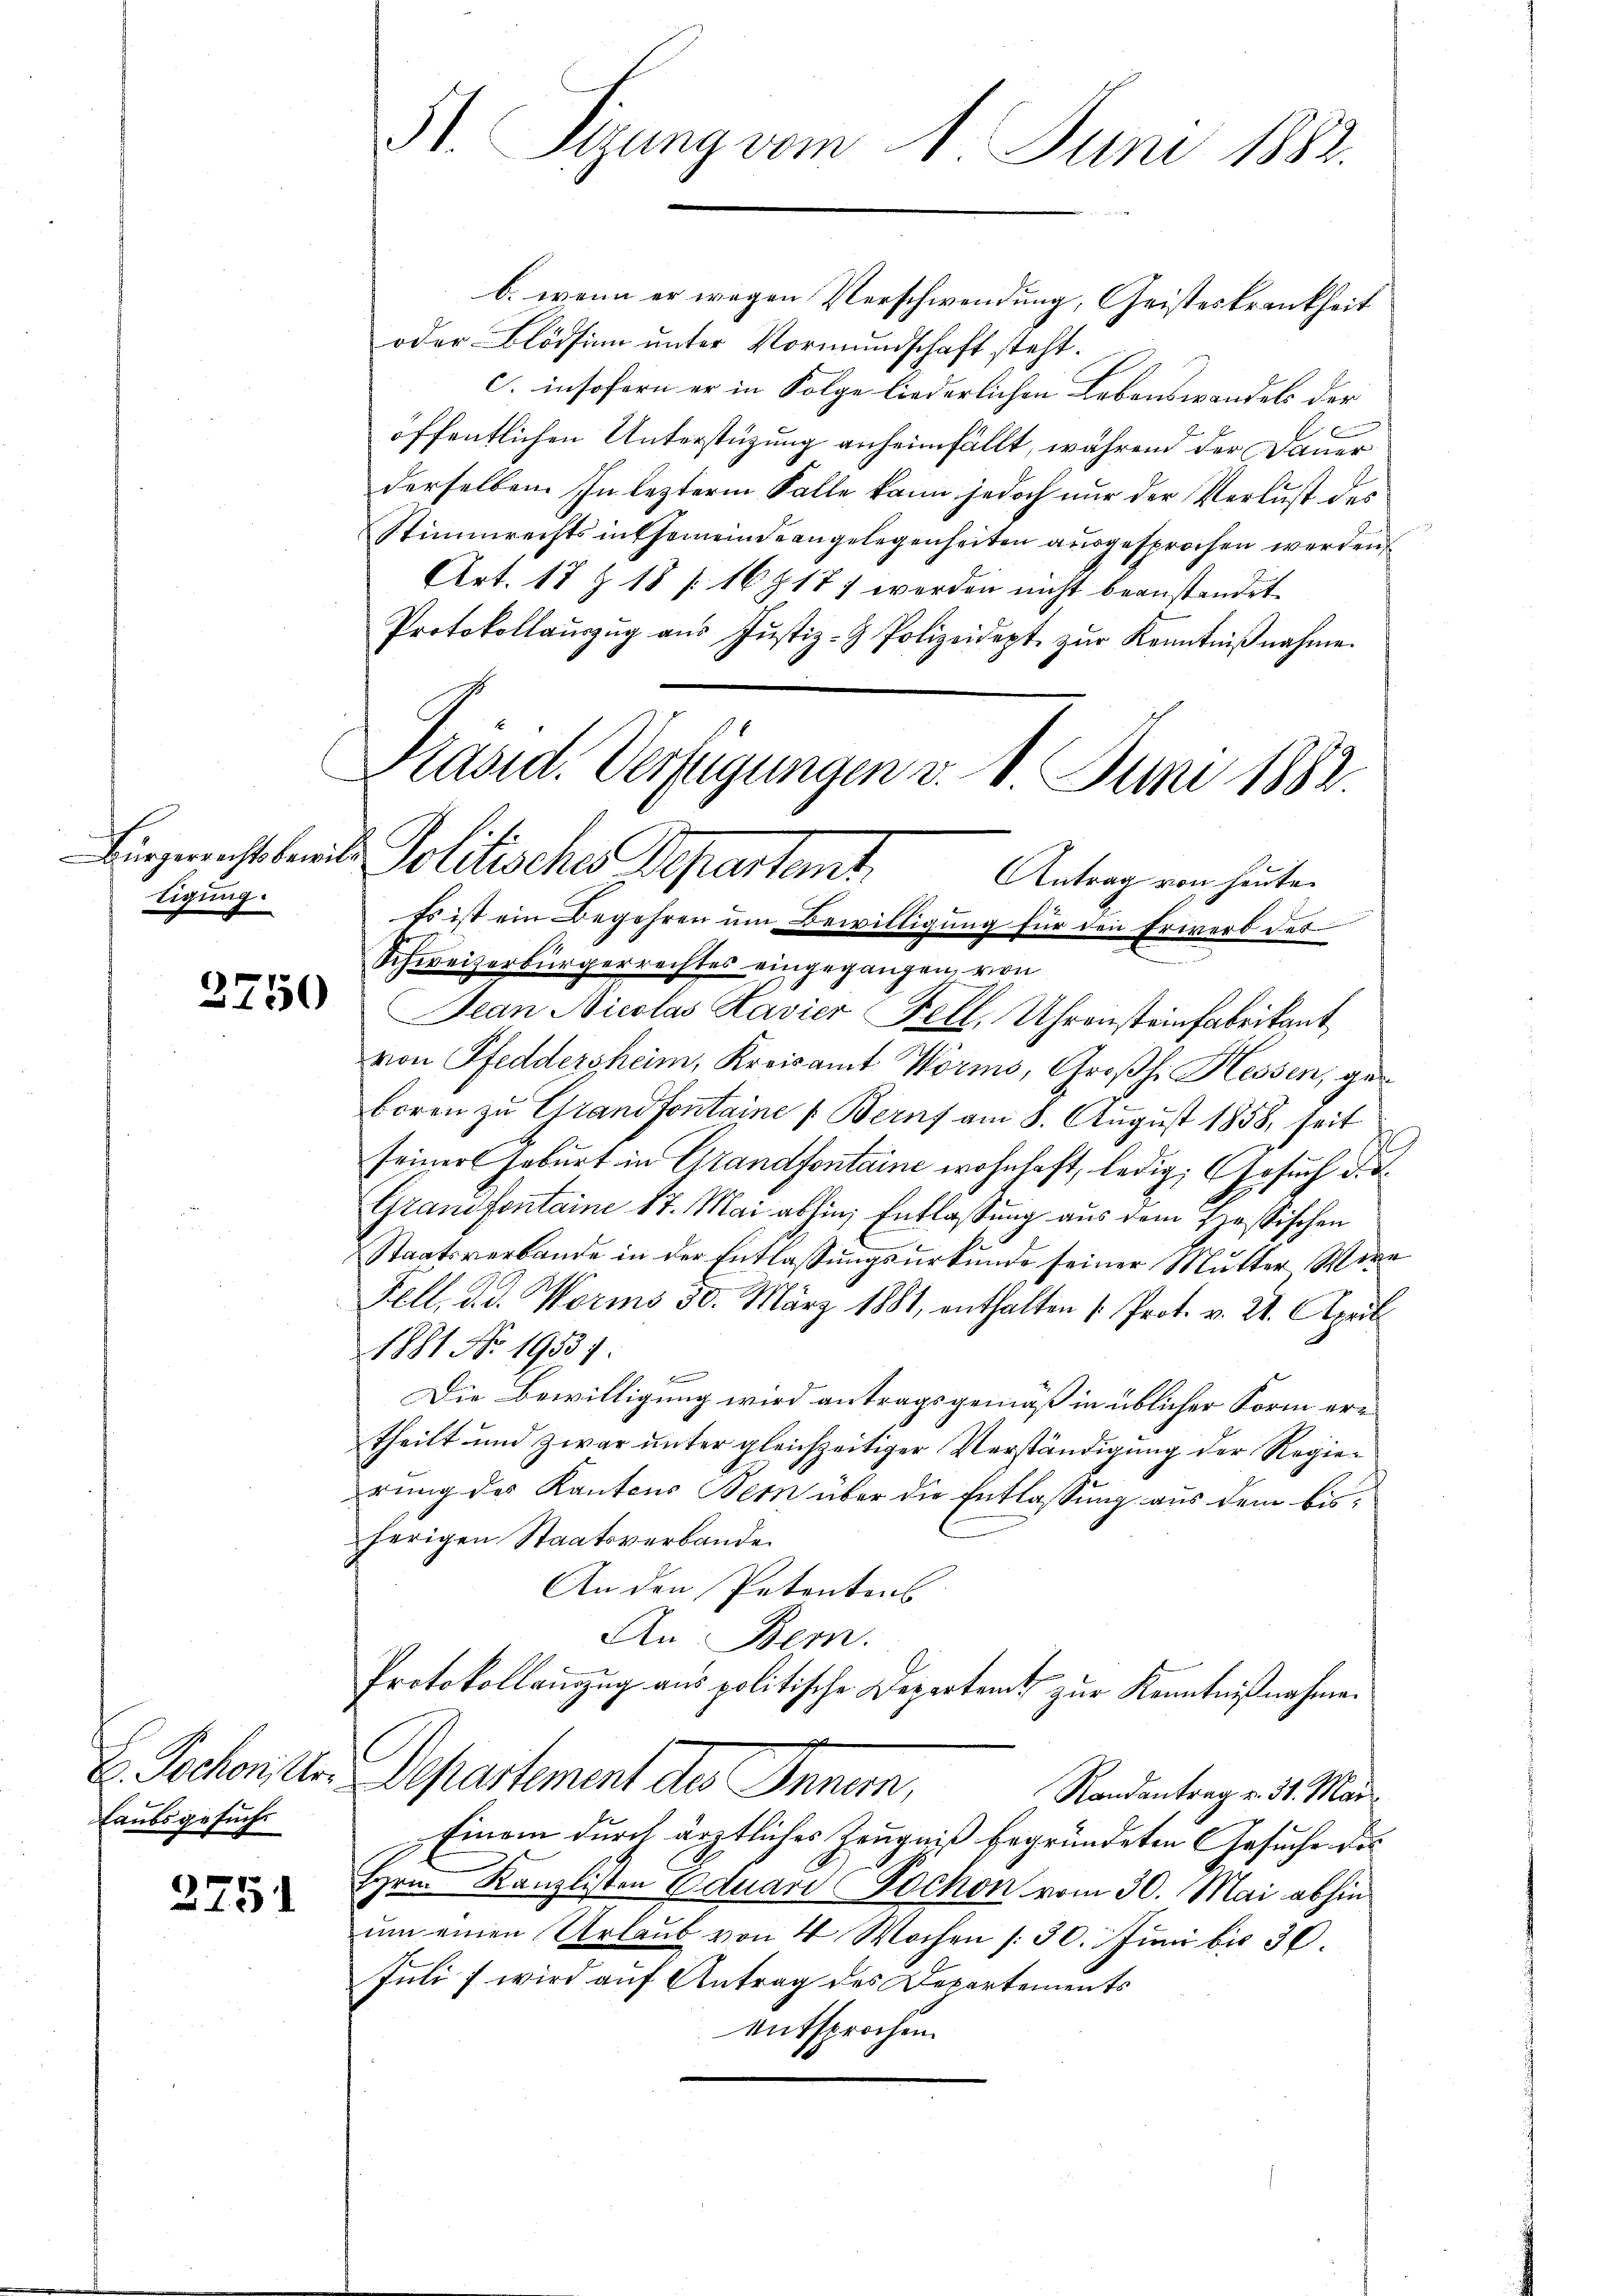
tigung.

3750

Laubsgesuche

2751

51. Sizung vom 1. Juni 1882.

Präsid. Verfügungen v. 1. Juni 1882
Bingericht bei Politisches Departant,
Antrag von heute.

b. wenn er wegen Verschwendung, Geisteskrankheit
oder Blödsinn unter Vormundschaft steht.
c. insofern er in Folge liederlichen Lebenswandels der
6
öffentlichen Unterstüzung anheimfällt, während der Dauer
derselben. In lezterm Falle kann jedoch nur der Verlust des
Stimmrechts in Gemeindeangelegenheiten ausgesprochen werden
Art. 17 Z. 18 (168177 werden nicht beanstandet.
Protokollaŭszŭg aŭs Justiz- & Polizeidept. zŭr Kenntniβnahme.
Es ist ein Begehren um Bewilligung für den Erwerb des
Schweizerbürgerrechtes eingegangen, von
Jean Nicolas Havier Fell, Uhrensteinfabrikant
von Pfeddersheim, Kreisamt Worms, Großh. Hessen, geboren zu Grandfontaine Berns am 8. August 1858, seit
seiner Geburt in Grandfontaine wohnhaft, ledig, Gesuch die
Grandfontain 17. Mai abhin, Entlassung aus dem passischen
Staatsverbande in der Entlassungsurkunde seiner Mutter Were
Fell, d. d. Worms 30. März 1881, enthalten (Prot. v. 21. April
1881 No 19531.
B
Die Bewilligung wird antragsgemäß in üblicher Form ertheilt und zwar unter gleichzeitiger Verständigung der Regierung des Kantons Bern über die Entlassung aus dem bisherigen Staatsverbande
An den Petentons
An Bern.
Protokollenzzug aus politische Departent zur Kenntnißnahme.
e
H. Jochon Ur- Departement des Innern,
Randantrag v. 31. Mai
Einem durch ärztliches Zeugniß begründeten Gesuche des
Hrn. Kanzlisten Eduari Pochon vom 30. Mai abhin
um einen Urlaub von 4 Wochen /: 30. Juni bis 30.
Juli ; wird auf Antrag des Departements
entsprochen.